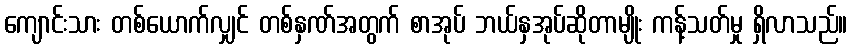
ကျောင်းသား တစ်ယောက်လျှင် တစ်နှဏ်အတွက် စာအုပ် ဘယ်နှအုပ်ဆိုတာမျိုး ကန့်သတ်မှု ရှိလာသည်။